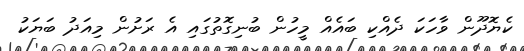
ކެޔޮދޫން ވާހަކަ ދެއްކި ބައެއް މީހުން ބުނިގޮތުގައި އެ ރަށުން މިއަދު ބަޔަކު